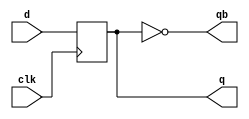
`timescale 1ns / 1ps
//////////////////////////////////////////////////////////////////////////////////
// Company: 
// Engineer: 
// 
// Design Name: 
// Module Name:    D_FF 
// Project Name: 
// Target Devices: 
// Tool versions: 
// Description: 
//
// Dependencies: 
//
// Revision: 
// Revision 0.01 - File Created
// Additional Comments: 
//
//////////////////////////////////////////////////////////////////////////////////
module D_FF(
    input d, clk,
    output q, qb
    );
reg x;
assign q=x;
assign qb=~q;
always @(negedge clk)
x=d;

endmodule